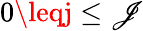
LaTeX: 0\leqj\leq\mathscr{J}